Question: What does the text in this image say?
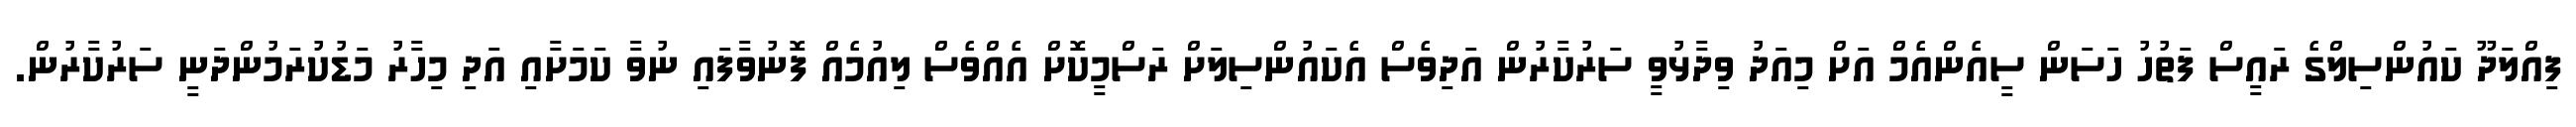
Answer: ފިއްލަދޫ ކައުންސިލްގެ ރައީސް ފަތުހު ހަސަން ސީއެންއެމް އަށް މިއަދު ވިދާޅުވީ ސަރުކާރުން އަދިވެސް އެކައުންސިލަށް ރަސްމީކޮށް އެއްވެސް ލިއުމެއް ފޮނުވާފައި ނުވާ ކަމަށާއި އަދި މިހާރު މަޑުކުރަމުންދަނީ ސަރުކާރުން.